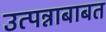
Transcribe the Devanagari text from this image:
उत्पन्नाबाबत